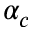
\alpha _ { c }